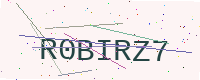
Text: R0BIRZ7